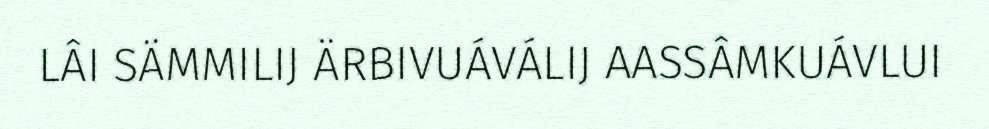
LÂI SÄMMILIJ ÄRBIVUÁVÁLIJ AASSÂMKUÁVLUI